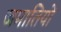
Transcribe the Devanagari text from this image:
जमातियों